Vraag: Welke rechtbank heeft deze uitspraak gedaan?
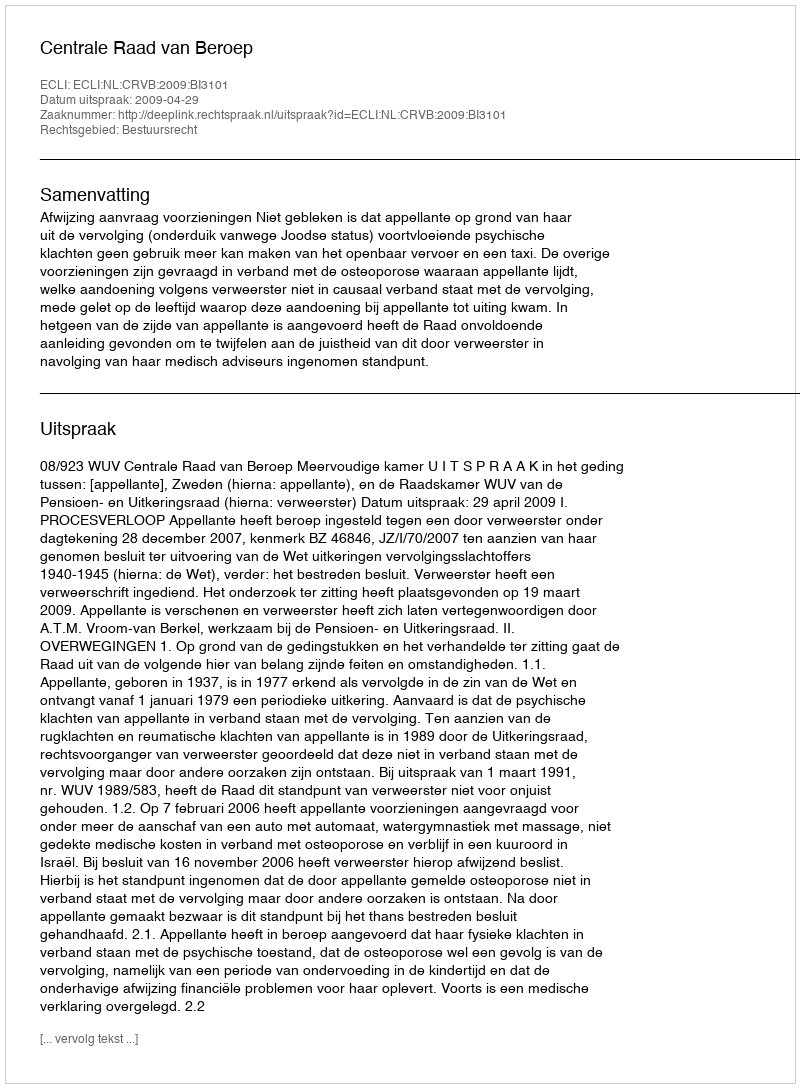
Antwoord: Centrale Raad van Beroep